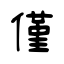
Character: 僅